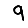
Digit: 9